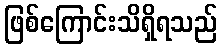
ဖြစ်ကြောင်းသိရှိရသည်